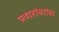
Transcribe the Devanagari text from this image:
प्रवाहांबरोबर